Vaccination report Assam 1896-1927 - 1896-1927
Year: 1896
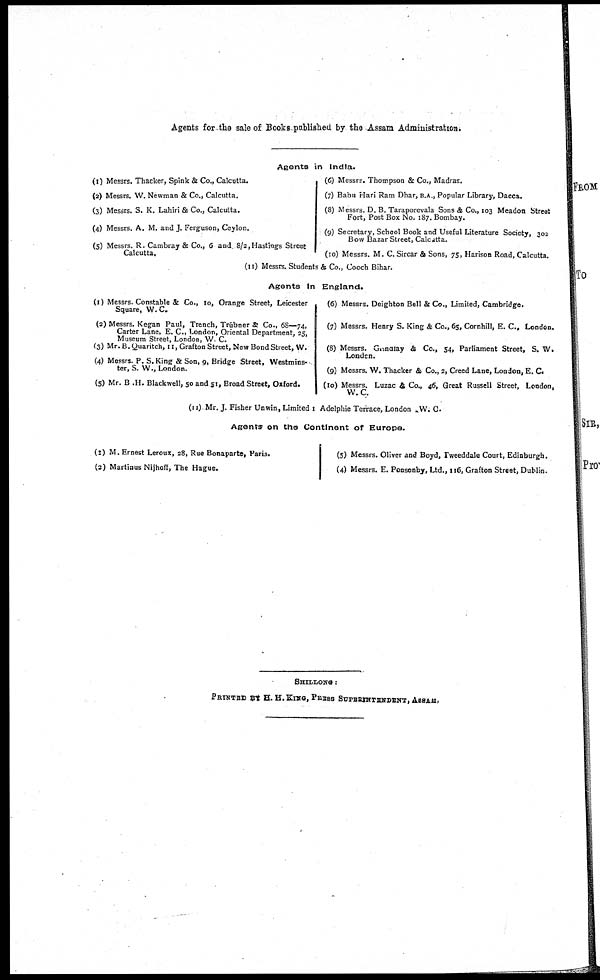
Agents for the sale of Books published by the Assam Administration.
Agents in India.
(1) Messrs. Thacker, Spink & Co., Calcutta.
(2) Messrs. W. Newman & Co., Calcutta.
(3) Messrs. S. K. Lahiri & Co., Calcutta.
(4) Messrs. A. M. and J. Ferguson, Ceylon.
(5) Messrs. R. Cambray & Co., 6 and 8/2, Hastings Street
Calcutta.
(6) Messrs. Thompson & Co., Madras.
(7) Babu Hari Ram Dhar, B.A., Popular Library, Dacca.
(8) Messrs. D. B. Taraporevala Sons & Co., 103 Meadon Street
Fort, Post Box No. 187. Bombay.
(9) Secretary, School Book and Useful Literature Society, 302
Bow Bazar Street, Calcatta.
(10) Messrs. M. C. Sircar & Sons, 75, Harison Road, Calcutta.
(11) Messrs. Students & Co., Cooch Bihar.
Agents In England.
(1) Messrs. Constable & Co., 10, Orange Street, Leicester
Square, W. C.
(2) Messrs. Kegan Paul, Trench, Trūbner & Co., 68—74,
Carter Lane, E. C, London, Oriental Department, 25,
Museum Street, London, W. C.
(3) Mr. B. Quaritch, 11, Grafton Street, New Bond Street, W.
(4) Messrs. P. S. King & Son, 9, Bridge Street, Westmins- -
ter, S. W., London.
(5) Mr. B .H. Blackwell, 50 and 51, Broad Street, Oxford.
(6) Messrs. Deighton Bell & Co., Limited, Cambridge.
(7) Messrs. Henry S. King & Co., 65, Cornhill, E. C., London.
(8) Messrs. Grindlay & Co., 54, Parliament Street, S. W.
London.
(9) Messrs. W. Thacker & Co., 2, Creed Lane, London, E. C.
(10) Messrs. Luzac & Co., 46, Great Russell Street, London,
W.C.
(11) Mr. J. Fisher Unwin, Limited 1 Adelphie Terrace, London W. C.
Agents on the Continent of Europe.
(1) M. Ernest Leroux, 28, Rue Bonaparte, Paris.
(2) Martinus Nijhoff, The Hague.
(5) Messrs. Oliver and Boyd, Tweeddale Court, Edinburgh.
(4) Messrs. E. Ponsonby, Ltd., 116, Grafton Street, Dublin.
SHILLONG:
PRINTED BY H. H.KING, PERSS SUPERINTENDET, ASSAM.